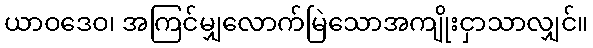
ယာဝဒေဝ၊ အကြင်မျှလောက်မြဲသောအကျိုးငှာသာလျှင်။